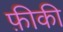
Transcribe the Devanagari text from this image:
फ़ीकी